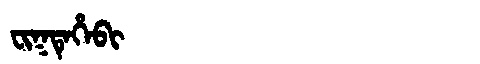
Manchu: ᠸᡳᡴᡨᡝᡥᡝᠪᡳ
Romanization: FIKTEHEBI